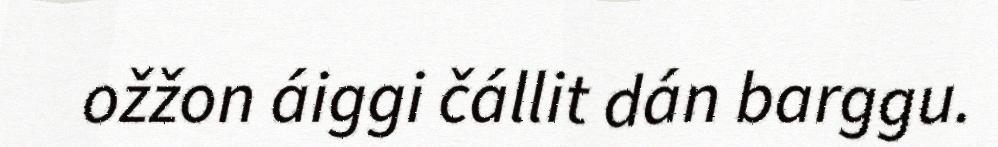
ožžon áiggi čállit dán barggu.